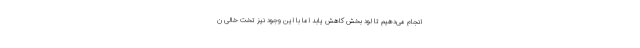
انجام می‌دهیم تا لود بخش کاهش یابد اما با این وجود نیز تخت خالی ن